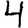
Digit: 4